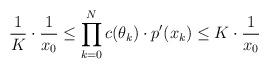
LaTeX: \begin{align*}\frac1K \cdot \frac1{x_0} \leq \prod \limits_{k=0}^N c(\theta_k) \cdot p'(x_k) \leq K \cdot \frac1{x_0}\end{align*}